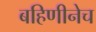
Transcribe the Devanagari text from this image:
बहिणीनेच